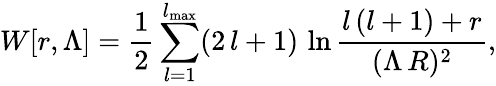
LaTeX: W[r,\Lambda]={\frac{1}{2}}\sum_{l=1}^{l_{\mathrm{max}}}(2\, l+1)\, \ln{\frac{l\, (l+1)+r}{(\Lambda\, R)^{2}}},